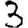
Digit: 3